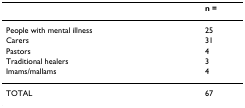
|  | n = |
 | --- | --- |
 | People with mental illness | 25 |
 | Carers | 31 |
 | Pastors | 4 |
 | Traditional healers | 3 |
 | Imams/mallams | 4 |
 | TOTAL | 67 |